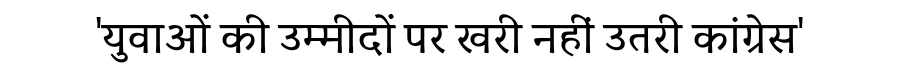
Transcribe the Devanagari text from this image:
'युवाओं की उम्मीदों पर खरी नहीं उतरी कांग्रेस'